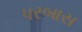
પરબાસ